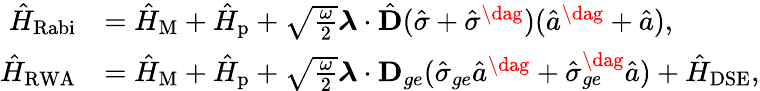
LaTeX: \begin{array}{rl}{\hat{H}_{\mathrm{Rabi}}}&{=\hat{H}_{\mathrm{M}}+\hat{H}_{\mathrm{p}}+\sqrt{\frac{\omega}{2}}\boldsymbol{\lambda}\cdot\hat{\mathbf{D}}(\hat{\sigma}+\hat{\sigma}^{\dag})(\hat{a}^{\dag}+\hat{a}),}\\ {\hat{H}_{\mathrm{RWA}}}&{=\hat{H}_{\mathrm{M}}+\hat{H}_{\mathrm{p}}+\sqrt{\frac{\omega}{2}}\boldsymbol{\lambda}\cdot\mathbf{D}_{ge}(\hat{\sigma}_{ge}\hat{a}^{\dag}+\hat{\sigma}_{ge}^{\dag}\hat{a})+\hat{H}_{\mathrm{DSE}},}\end{array}